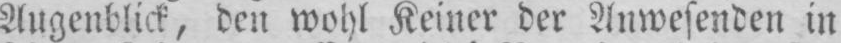
Augenblick, den wohl Keiner der Anwesenden in